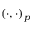
{ ( \cdot , \cdot ) _ { p } }